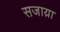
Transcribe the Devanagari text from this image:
सजाय़ा